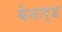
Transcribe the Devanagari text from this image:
बेनार्ड